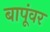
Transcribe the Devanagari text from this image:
बापूंवर